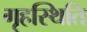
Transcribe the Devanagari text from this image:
गृहस्थिति